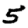
Digit: 5